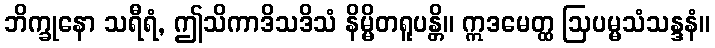
ဘိက္ခုနော သရီရံ, ဤသိကာဒိသဒိသံ နိမ္မိတရူပန္တိ။ ဣဒမေတ္ထ ဩပမ္မသံသန္ဒနံ။